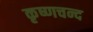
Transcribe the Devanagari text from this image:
कृष्णचन्द